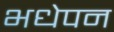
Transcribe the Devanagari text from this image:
भधेपन